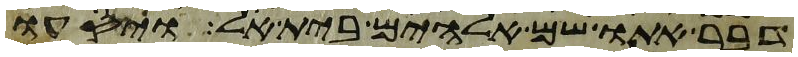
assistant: דבר אתו שם אלהים בית אל ויסעו